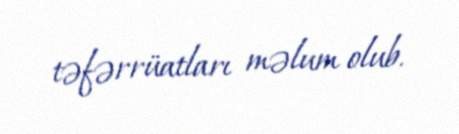
təfərrüatları məlum olub.